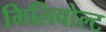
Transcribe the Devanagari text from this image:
मिलिवोल्ट